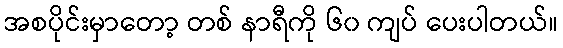
အစပိုင်းမှာတော့ တစ် နာရီကို ၆၀ ကျပ် ပေးပါတယ်။